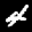
Label: 4